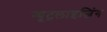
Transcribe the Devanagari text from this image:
न्यूट्रलाइजिंग